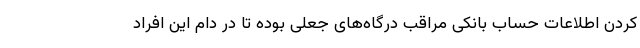
کردن اطلاعات حساب بانکی مراقب درگاه‌های جعلی بوده تا در دام این افراد